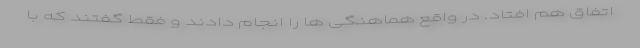
اتفاق هم افتاد. در واقع هماهنگی ها را انجام دادند و فقط گفتند که با